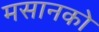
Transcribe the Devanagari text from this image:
मसानको